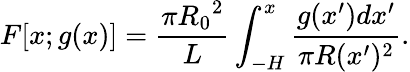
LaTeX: F[x;g(x)]=\frac{\pi{R_{0}}^{2}}{L}\int_{-H}^{x}\frac{g(x^{\prime})dx^{\prime}}{\pi R(x^{\prime})^{2}}.